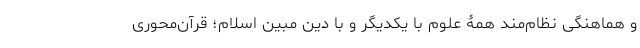
و هماهنگی نظام‌مند همۀ علوم با یکدیگر و با دین مبین اسلام؛ قرآن­محوری